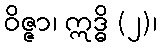
ဝိဇ္ဇာ၊ ဣဒ္ဓိ (၂)၊